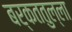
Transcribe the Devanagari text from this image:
बर्कततुल्ला